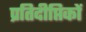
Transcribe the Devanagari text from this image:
प्रतिदीप्तिकों